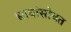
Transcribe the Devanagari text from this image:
भावांसोबत